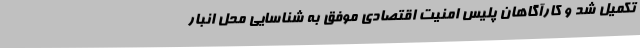
تکمیل شد و کارآگاهان پلیس امنیت اقتصادی موفق به شناسایی محل انبار